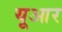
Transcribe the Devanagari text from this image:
यूआर